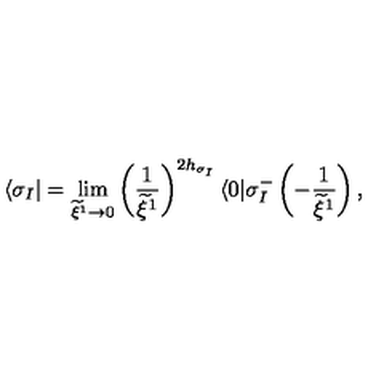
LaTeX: \langle \sigma _ { I } | = \lim _ { \widetilde { \xi } ^ { 1 } \rightarrow 0 } \left( \frac { 1 } { \widetilde { \xi } ^ { 1 } } \right) ^ { 2 h _ { \sigma _ { I } } } \langle 0 | \sigma _ { I } ^ { - } \left( - \frac { 1 } { \widetilde { \xi } ^ { 1 } } \right) ,